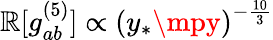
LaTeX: \mathbb{R}[g_{ab}^{(5)}]\propto\left(y_{*}\mpy\right)^{-\frac{{10}}{{3}}}